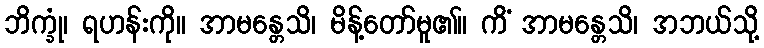
ဘိက္ခုံ၊ ရဟန်းကို။ အာမန္တေသိ၊ မိန့်တော်မူ၏။ ကိံ အာမန္တေသိ၊ အဘယ်သို့